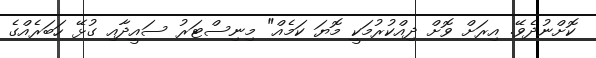
ކޮށްނުދެވޭ. އިރަށް ވޮށް ދިއްކުރުމަކީ މޮޔަ ކަމެއް" މިނިސްޓަރު ސައީދާއި ގުޅޭ ހަބަރެއްގެ